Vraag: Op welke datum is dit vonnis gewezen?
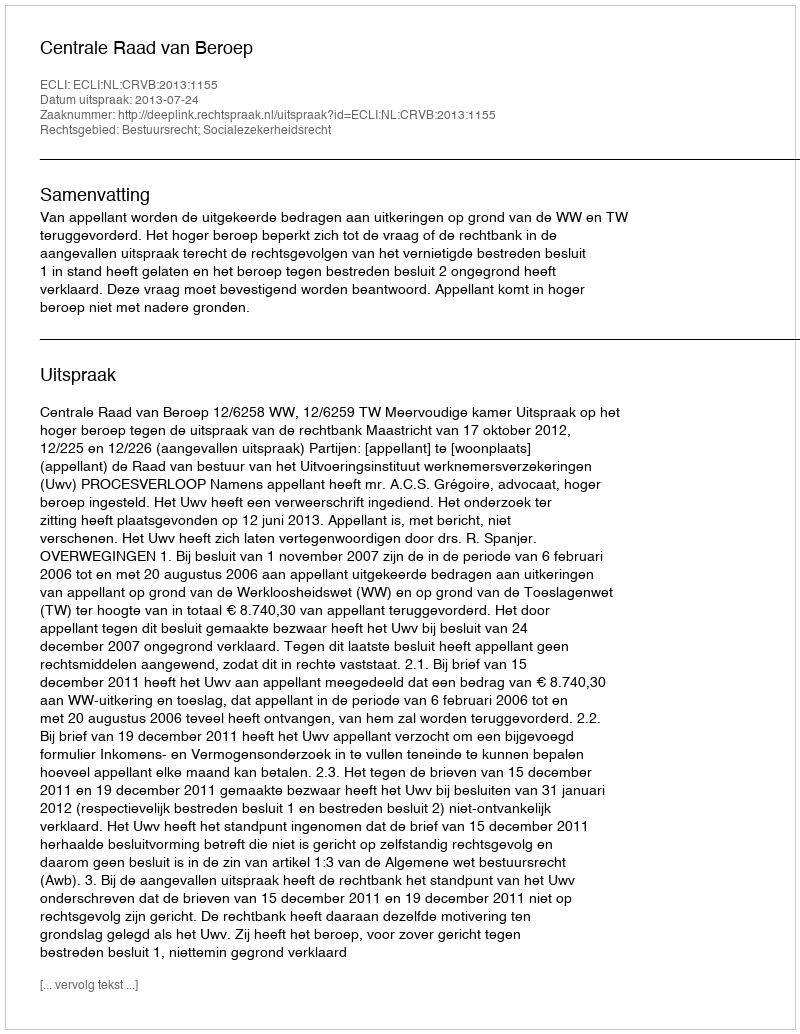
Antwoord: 2013-07-24